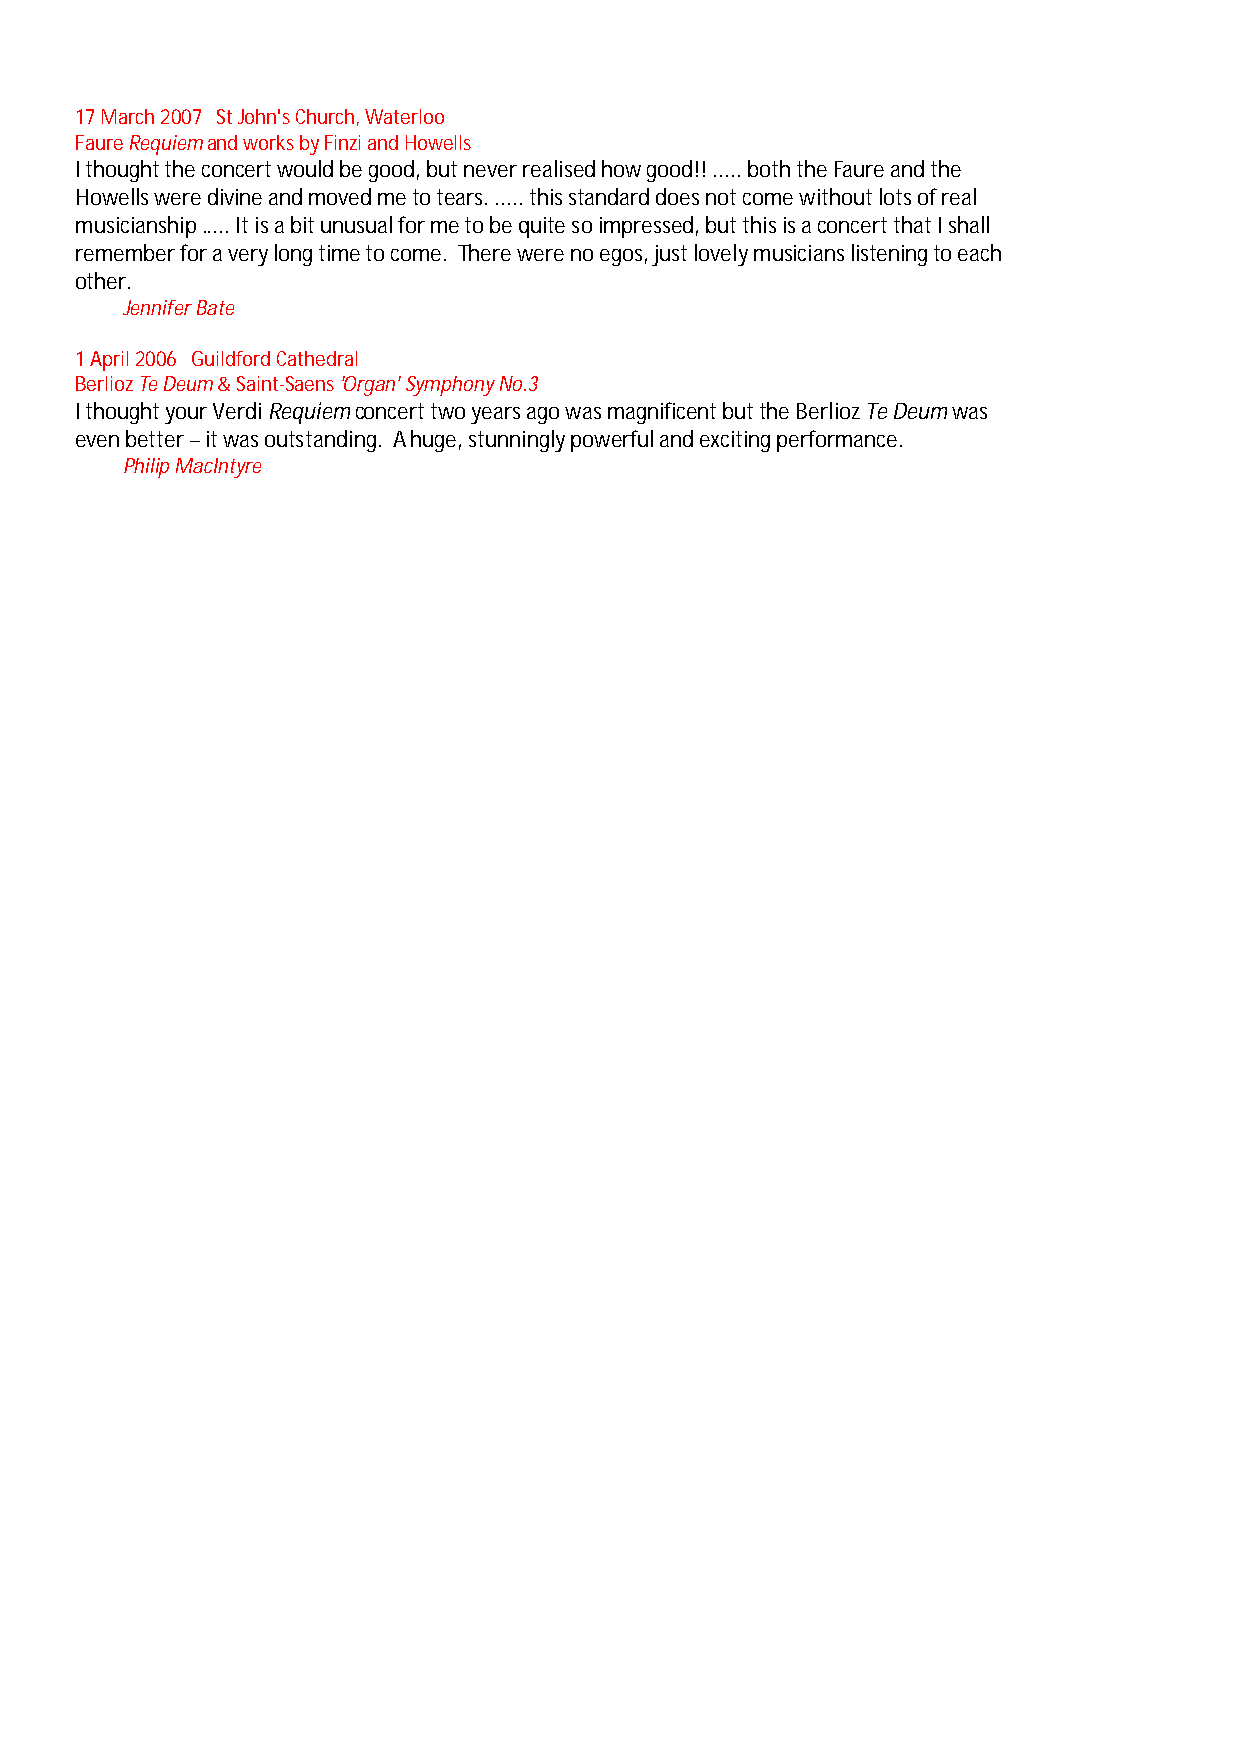
17 March 2007 St John's Church, Waterloo
 Faure Requiem and works by Finzi and Howells
 I thought the concert would be good, but never realised how good!! ..... both the Faure and the
 Howells were divine and moved me to tears. ..... this standard does not come without lots of real
 musicianship ..... It is a bit unusual for me to be quite so impressed, but this is a concert that I shall
 remember for a very long time to come. There were no egos, just lovely musicians listening to each
 other.
 Jennifer Bate
 1 April 2006 Guildford Cathedral
 Berlioz Te Deum & Saint-Saens 'Organ' Symphony No.3
 I thought your Verdi Requiem concert two years ago was magnificent but the Berlioz Te Deum was
 even better – it was outstanding. A huge, stunningly powerful and exciting performance.
 Philip MacIntyre